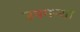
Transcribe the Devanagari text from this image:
उपमन्या